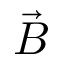
\vec { B }